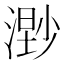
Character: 𣻾